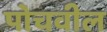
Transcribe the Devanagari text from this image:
पोचवील